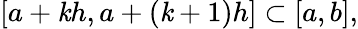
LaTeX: [a+\mathit{k}h,a+(\mathit{k}+1)h]\subset[a,b],